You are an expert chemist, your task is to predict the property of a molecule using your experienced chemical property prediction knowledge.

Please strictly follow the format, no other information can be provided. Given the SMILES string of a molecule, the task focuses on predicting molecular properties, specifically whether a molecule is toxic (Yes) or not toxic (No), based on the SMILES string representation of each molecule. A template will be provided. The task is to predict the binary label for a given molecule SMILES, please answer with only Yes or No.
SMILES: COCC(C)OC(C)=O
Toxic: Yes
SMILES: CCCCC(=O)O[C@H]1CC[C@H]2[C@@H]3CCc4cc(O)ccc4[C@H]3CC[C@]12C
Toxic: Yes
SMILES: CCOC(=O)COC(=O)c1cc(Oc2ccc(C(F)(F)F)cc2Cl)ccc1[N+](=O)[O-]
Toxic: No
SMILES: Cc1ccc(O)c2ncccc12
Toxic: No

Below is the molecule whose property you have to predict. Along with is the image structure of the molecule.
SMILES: Cc1cccc(C)c1NC(=O)CN1CCCC1=O
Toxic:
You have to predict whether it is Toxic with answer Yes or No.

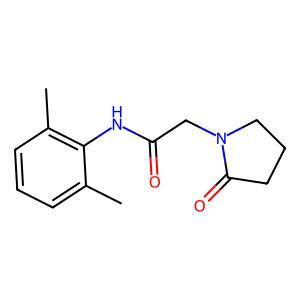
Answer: No